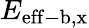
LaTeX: E_{\mathrm{eff-b,x}}